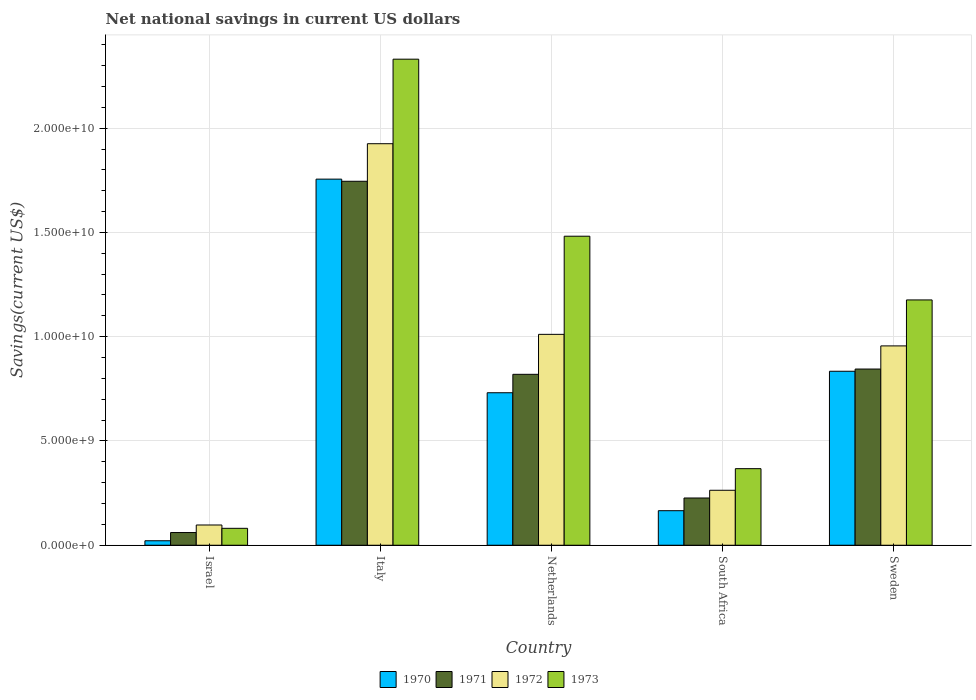
| Country | 1970 | 1971 | 1972 | 1973 |
 | --- | --- | --- | --- | --- |
 | Israel | 2.15e+08 | 6.09e+08 | 9.71e+08 | 8.11e+08 |
 | Italy | 1.76e+10 | 1.75e+10 | 1.93e+10 | 2.33e+10 |
 | Netherlands | 7.31e+09 | 8.2e+09 | 1.01e+10 | 1.48e+10 |
 | South Africa | 1.66e+09 | 2.27e+09 | 2.64e+09 | 3.67e+09 |
 | Sweden | 8.34e+09 | 8.45e+09 | 9.56e+09 | 1.18e+10 |